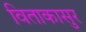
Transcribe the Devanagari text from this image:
विताकासुर